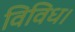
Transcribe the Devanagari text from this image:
विविध।